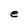
Character: e